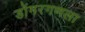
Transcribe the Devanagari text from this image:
डोंगरगणला